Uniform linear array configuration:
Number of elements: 4
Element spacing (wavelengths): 1
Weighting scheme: cosine
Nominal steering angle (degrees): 60
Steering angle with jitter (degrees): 59.572
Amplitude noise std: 0.05
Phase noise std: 0.05

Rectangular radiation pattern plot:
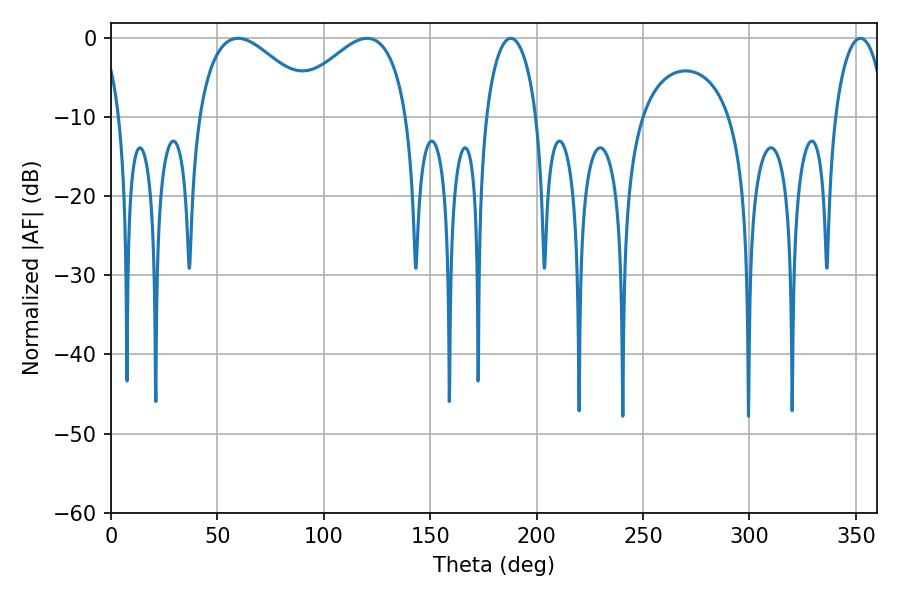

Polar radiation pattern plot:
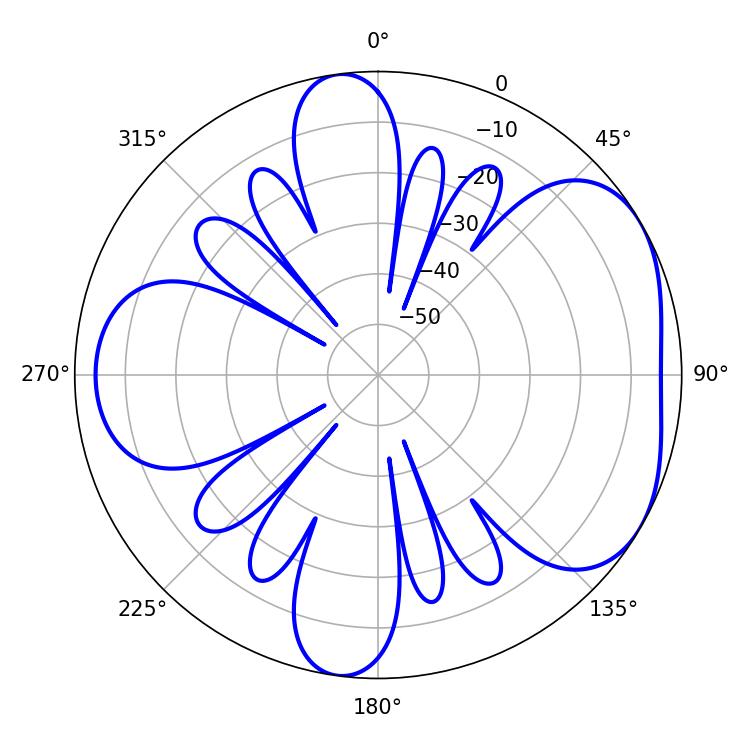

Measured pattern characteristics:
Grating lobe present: TRUE
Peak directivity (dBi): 4.663
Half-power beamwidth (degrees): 30.78
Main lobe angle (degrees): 59.76